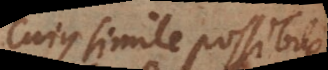
Cujus simile possibile